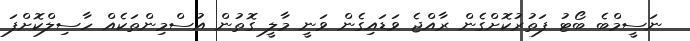
ނަސީމްބެ ބޯޓު ފަތުރުކޮށްގެން ރާއްޖެ ވަޑައިގެން ވަނީ މާލީ ގޮތުން އުސްމިންތަކެއް ހާސިލްކޮށްފަ